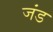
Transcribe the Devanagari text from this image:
जंड